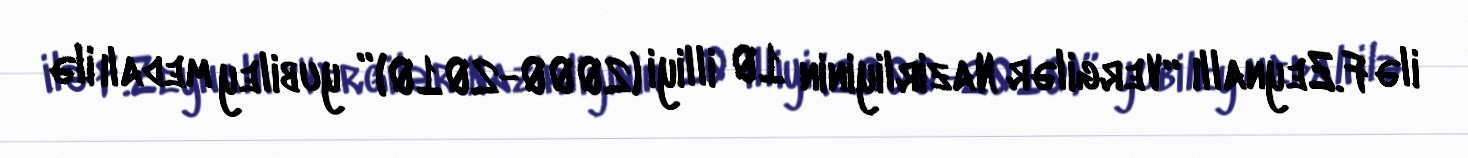
ilə F.Zeynallı “Vergilər Nazirliyinin 10 illiyi (2000-2010)” yubiley medalı ilə